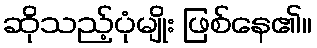
ဆိုသည့်ပုံမျိုး ဖြစ်နေ၏။